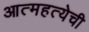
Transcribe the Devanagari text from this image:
आत्महत्येची